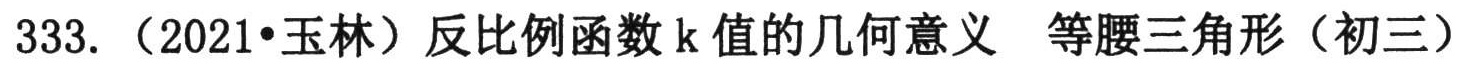
333. （2021•玉林）反比例函数\(k\)值的几何意义 等腰三角形（初三）